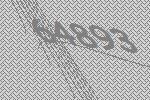
64893